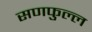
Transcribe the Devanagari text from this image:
सणफुल्ल